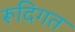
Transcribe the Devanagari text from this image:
रूदिगत